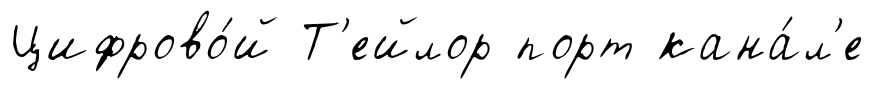
Цифрово́й Т'ейлор порт кана́л'е